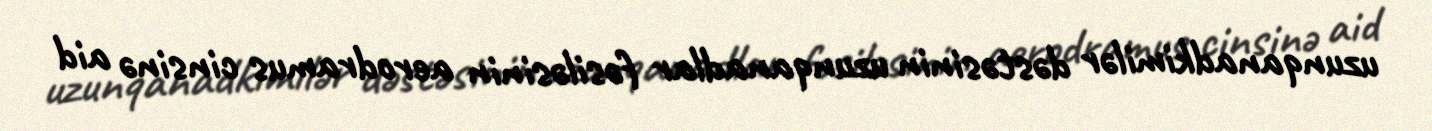
uzunqanadkimilər dəstəsinin uzunqanadlar fəsiləsinin aerodramus cinsinə aid